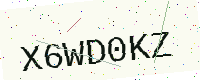
Text: X6WD0KZ